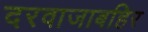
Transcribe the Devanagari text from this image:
दरवाजाबहिर